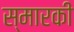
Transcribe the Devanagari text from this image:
स्मारकी